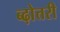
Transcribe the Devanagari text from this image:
ब्ढ़ोत्तरी